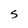
Character: S